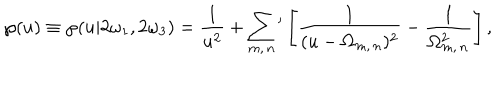
LaTeX: \wp ( u ) \equiv \wp ( u | 2 \omega _ { 1 } , 2 \omega _ { 3 } ) = { \frac { 1 } { u ^ { 2 } } } + \sum _ { m , \, n } { } ^ { \prime } \left[ { \frac { 1 } { ( u - \Omega _ { m , \, n } ) ^ { 2 } } } - { \frac { 1 } { \Omega _ { m , \, n } ^ { 2 } } } \right] ,